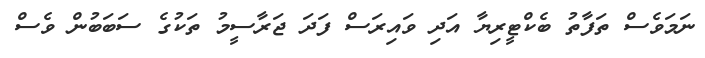
ނަމަވެސް ތަފާތު ބެކްޓީރިޔާ އަދި ވައިރަސް ފަދަ ޖަރާސީމު ތަކުގެ ސަބަބުން ވެސް